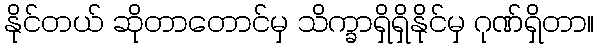
နိုင်တယ် ဆိုတာတောင်မှ သိက္ခာရှိရှိနိုင်မှ ဂုဏ်ရှိတာ။